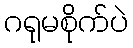
ဂရုမစိုက်ပဲ